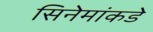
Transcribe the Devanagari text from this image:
सिनेमांकडे